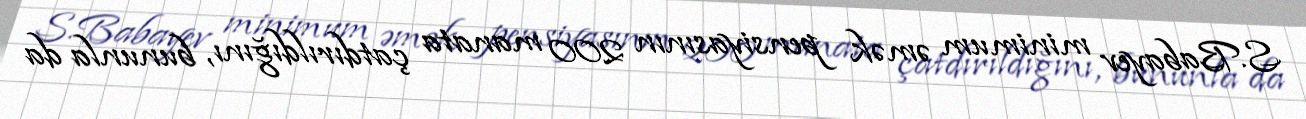
S.Babayev minimum əmək pensiyasının 200 manata çatdırıldığını, bununla da